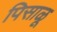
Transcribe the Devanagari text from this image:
पिसाळू